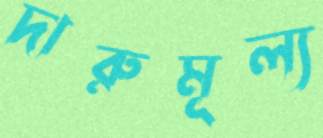
দারুমূল্য